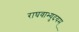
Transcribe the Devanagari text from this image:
राघवाभ्युदयम्